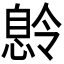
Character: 𫺽